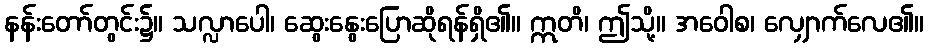
နန်းတော်တွင်း၌။ သလ္လာပေါ၊ ဆွေးနွေးပြောဆိုရန်ရှိ၏။ ဣတိ၊ ဤသို့။ အဝေါစ၊ လျှောက်လေ၏။